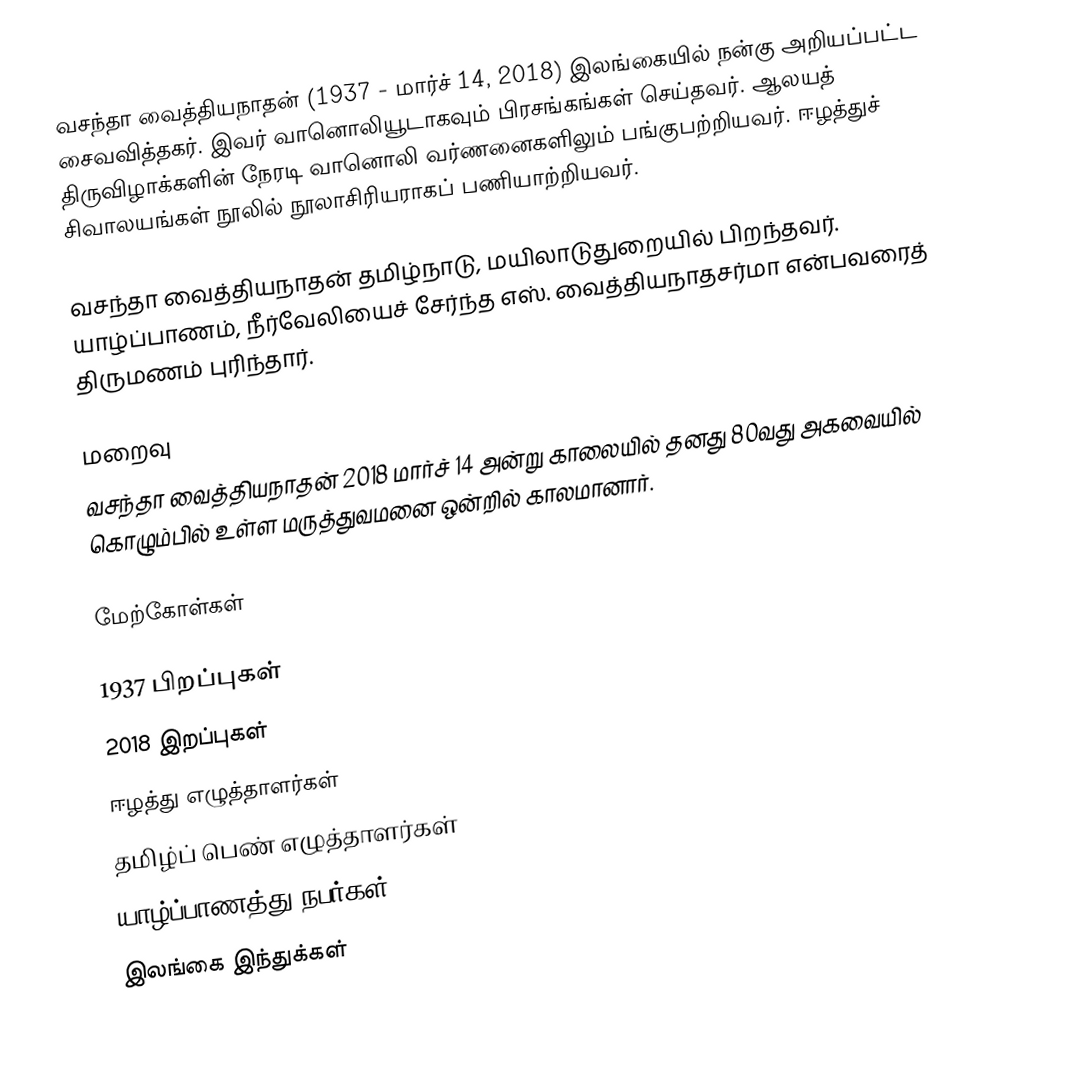
வசந்தா வைத்தியநாதன் (1937 - மார்ச் 14, 2018) இலங்கையில் நன்கு அறியப்பட்ட சைவவித்தகர். இவர் வானொலியூடாகவும் பிரசங்கங்கள் செய்தவர். ஆலயத் திருவிழாக்களின் நேரடி வானொலி வர்ணனைகளிலும் பங்குபற்றியவர். ஈழத்துச் சிவாலயங்கள் நூலில் நூலாசிரியராகப் பணியாற்றியவர்.

வசந்தா வைத்தியநாதன் தமிழ்நாடு, மயிலாடுதுறையில் பிறந்தவர். யாழ்ப்பாணம், நீர்வேலியைச் சேர்ந்த எஸ். வைத்தியநாதசர்மா என்பவரைத் திருமணம் புரிந்தார்.

மறைவு
வசந்தா வைத்தியநாதன் 2018 மார்ச் 14 அன்று காலையில் தனது 80வது அகவையில் கொழும்பில் உள்ள மருத்துவமனை ஒன்றில் காலமானார்.

மேற்கோள்கள்

1937 பிறப்புகள்
2018 இறப்புகள்
ஈழத்து எழுத்தாளர்கள்
தமிழ்ப் பெண் எழுத்தாளர்கள்
யாழ்ப்பாணத்து நபர்கள்
இலங்கை இந்துக்கள்